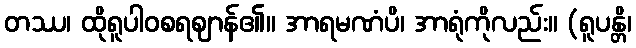
တဿ၊ ထိုရူပါဝစရဈာန်၏။ အာရမဏံပိ၊ အာရုံကိုလည်း။ (ရူပန္တိ၊